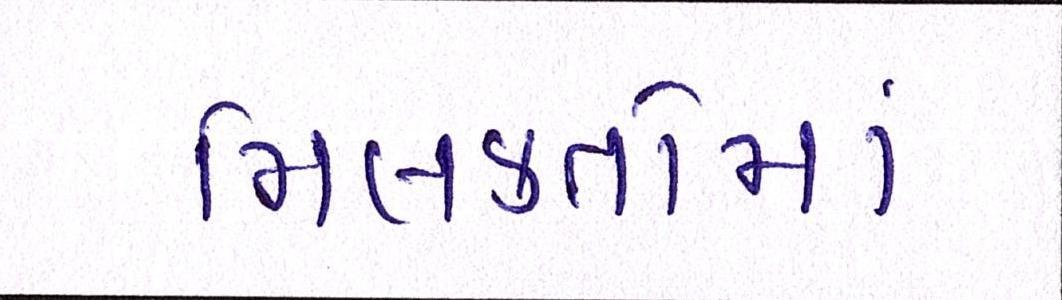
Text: મિલકતોમાં